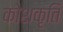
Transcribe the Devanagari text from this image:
कोशकृति